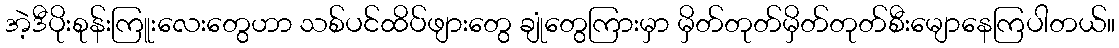
အဲ့ဒီပိုးစုန်းကြူးလေးတွေဟာ သစ်ပင်ထိပ်ဖျားတွေ ချုံတွေကြားမှာ မှိတ်တုတ်မှိတ်တုတ်စီးမျောနေကြပါတယ်။